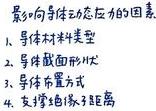
影响导体动态应力的因素：
1. 导体材料类型
2. 导体截面形状
3. 导体布置方式
4. 支持绝缘子距离